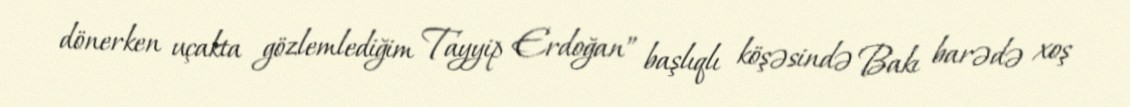
dönerken uçakta gözlemlediğim Tayyip Erdoğan” başlıqlı köşəsində Bakı barədə xoş